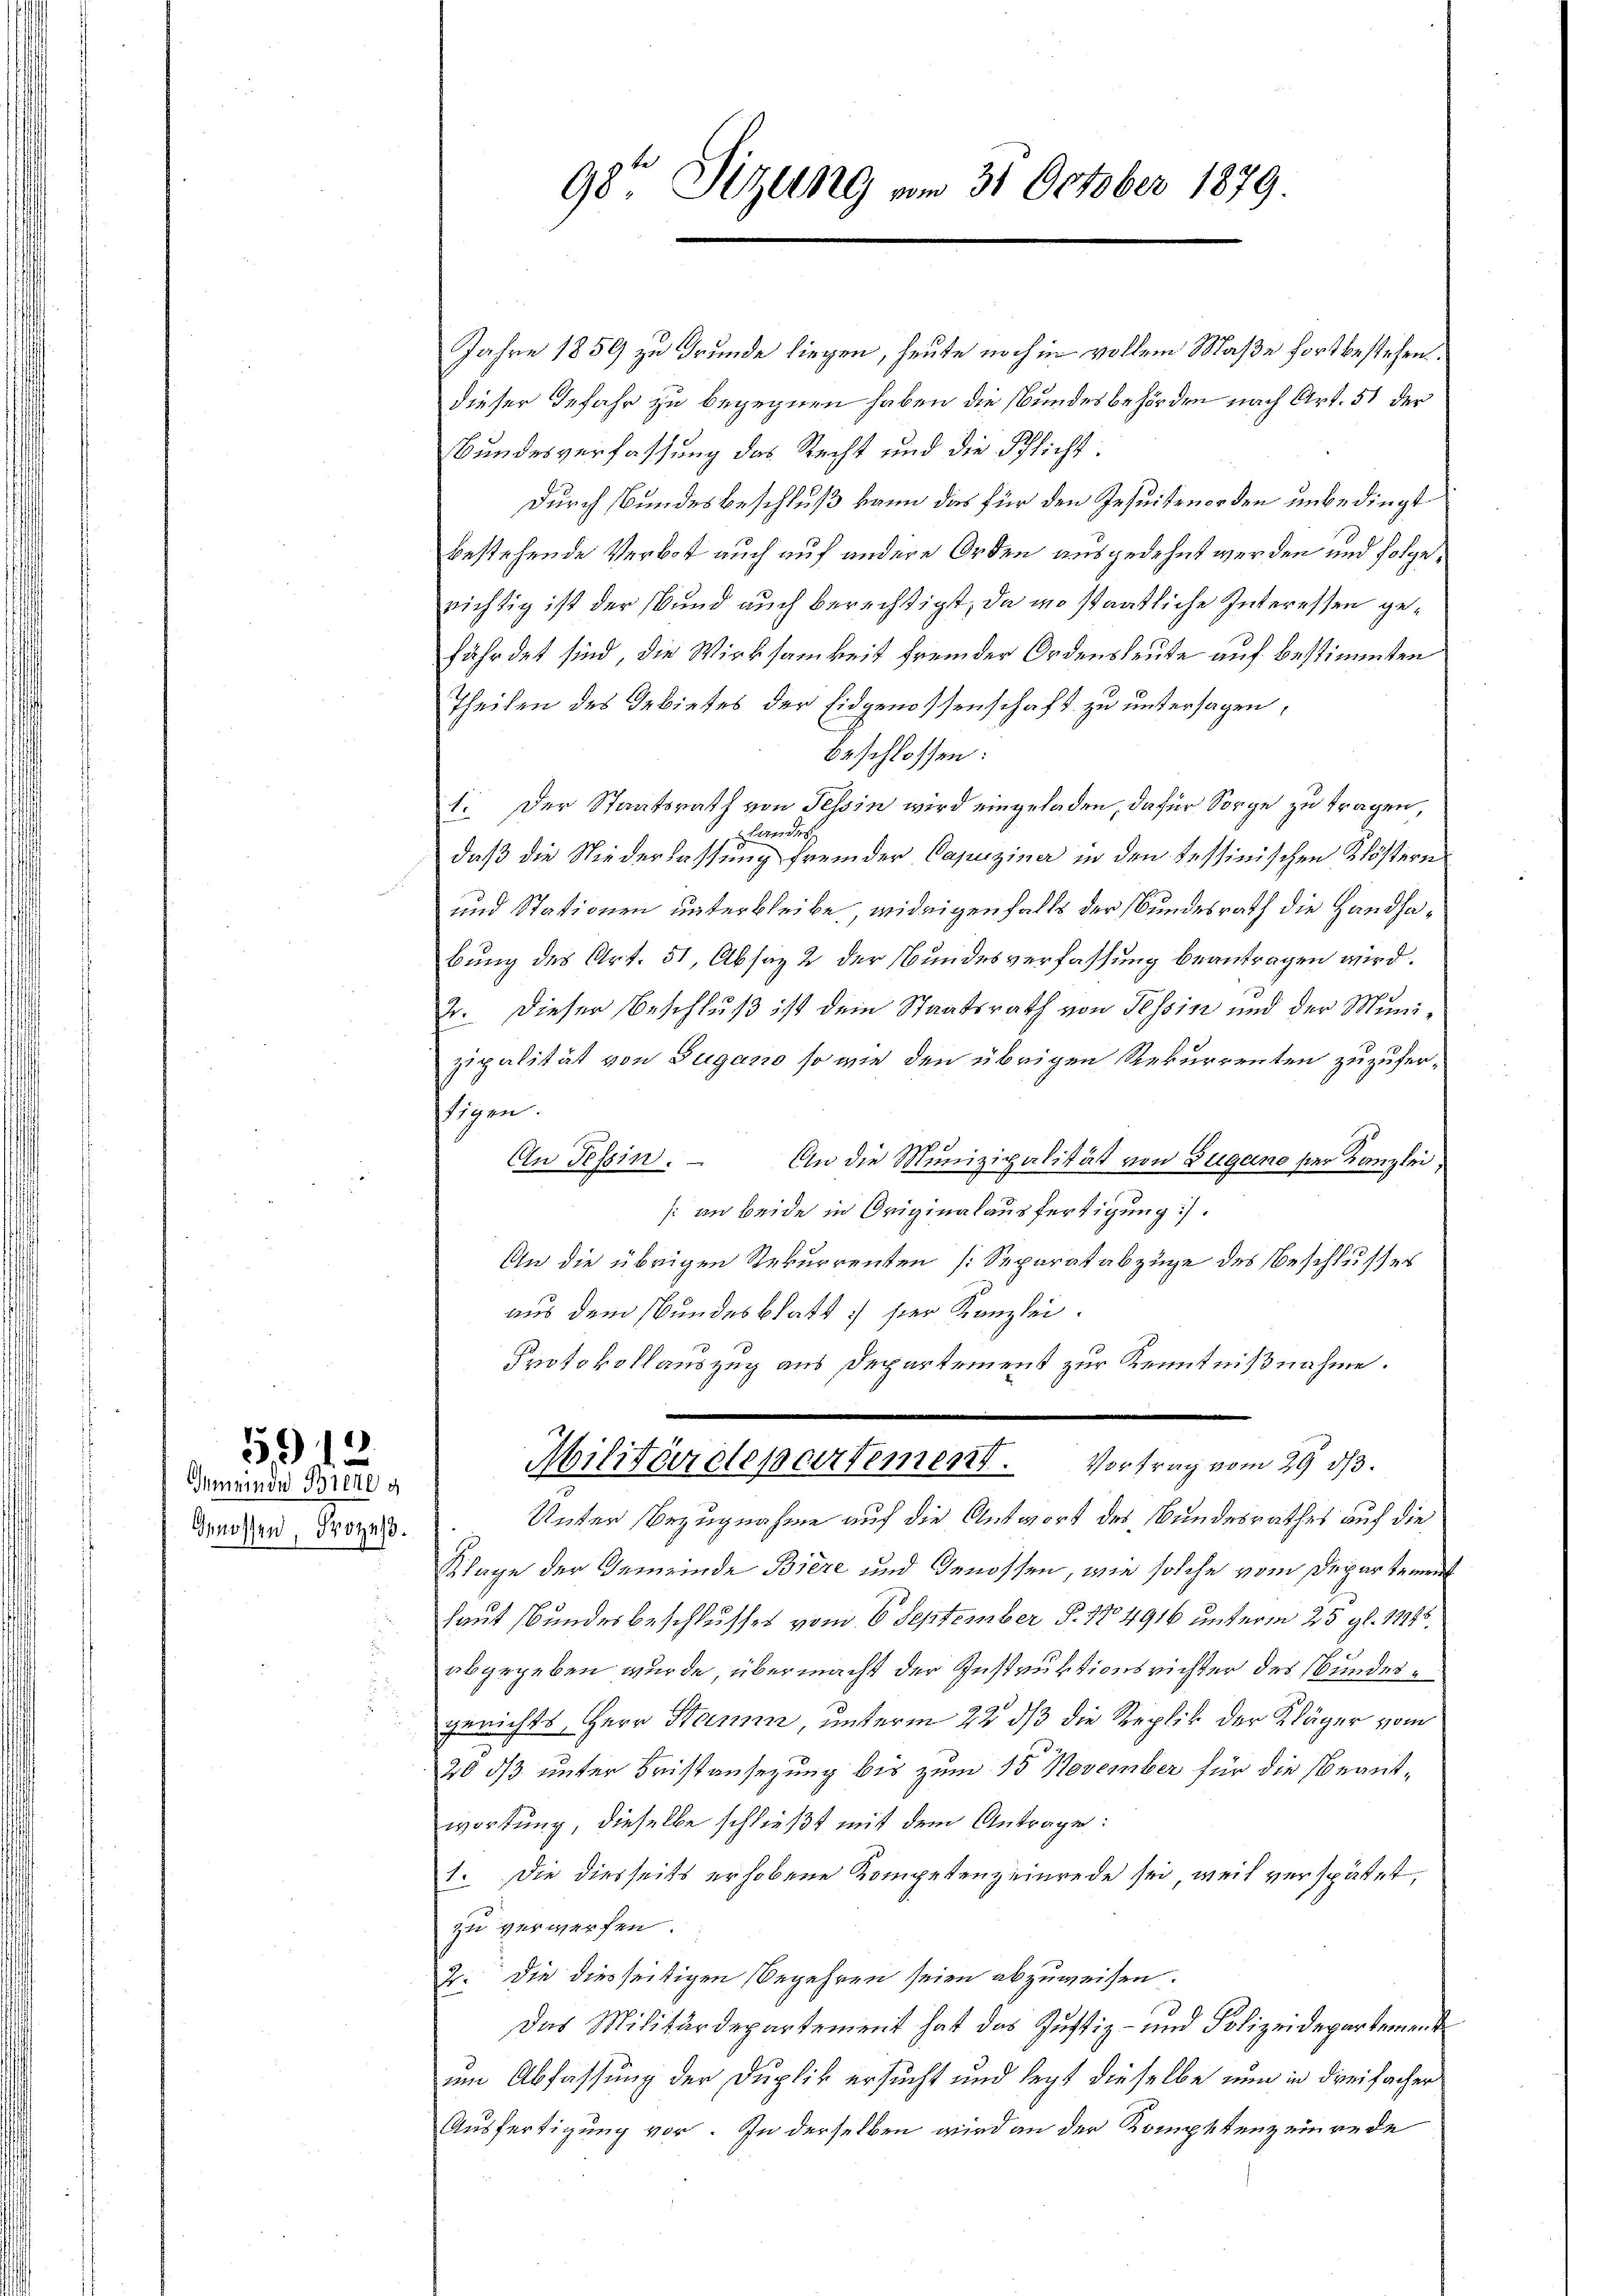
Gemeinde Brette g
Genossen, Prozess.

912

Jahre 1859 zu Grunde liegen, heute noch in vollem Maße fortbestehen.
dieser Gefahr zu begegnen haben die Bundesbehörden nach Art. 51 der
Bundesverfassung das Recht und die Pflicht.
Durch Bundesbeschluß kann das für den Jesuitenorden unbedingt
bestehende Verbot auch auf andere Orden ausgedehnt werden und folgerichtig ist der Bund auch berechtigt, da in staatliche Interessen gefährdet sind, die Wirksamkeit fremder Ordensleute auf bestimmten
Theilen des Gebietes der Eidgenossenschaft zu untersagen,
beschlossen:
1. Der Staatsrath von Tessin wird eingeladen, dafür Sorge zu tragen,
 Handes
daß die Niederlassung fremder Capuziner in den Tessinischen Klöstern
und Stationen unterbleibe, widrigenfalls der Bundesrath die Handhabung des Art. 51, Absatz 2 der Bundesverfassung beantragen wird.
2. Dieser Beschluß ist dem Staatsrath von Tessin und der Munizipalität von Zugano so wie den übrigen Rekurrenten zuzufer-
stigen.
9
An Tessin. An die Munizipalität von Zugano ser Kanzlei,
[an beide in Originalausfertigung.
An die übrigen Rekurrenten [Separatabzüge des Beschlusses
aus dem Bundesblatt ser Kanzlei.
Protokollauszug aus Departement zur Kenntnißnahme.

98te Sitzung vom 31 October 1879.

Militärdepartement. Vortrag vom 29 1/3.

Unter Bezugnahme auf die Antwort des Bundesrathes auf die
Klage der Gemeinde Biere und Genossen, wie solche vom Departement
laut Bundesbeschlusses vom 6. September §. 1704916 unterm 25. gl. 11476.
abgegeben wurde, übermacht der Instruktionsrichter des Bundesgerichts, Herr Stamm, unterm 22. ds die Replik der Kläger vom
20 ds unter Fristansezung bis zum 15 November für die Beantwortung, dieselbe schließt mit dem Antrage:
1. Die diesseits erhobene Kompetenzeinrede sei, weil verspätet,
zu verwerfen.
J. Die diesseitigen Begehren seien abzuweisen.
Das Militärdepartement hat das Justiz- und Polizeidepartement
um Abfassung der Duplik ersucht und legt dieselbe nun in dreifacher
Ausfertigung vor. In derselben wird an der Kompetenz einrede